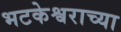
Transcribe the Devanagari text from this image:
भटकेश्वराच्या